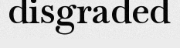
disgraded